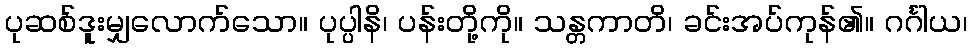
ပုဆစ်ဒူးမျှလောက်သော။ ပုပ္ပါနိ၊ ပန်းတို့ကို။ သန္တကာတိ၊ ခင်းအပ်ကုန်၏။ ဂင်္ဂါယ၊